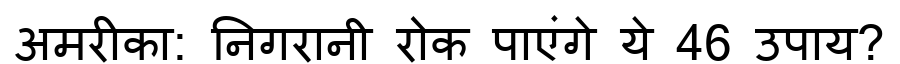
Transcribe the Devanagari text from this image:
अमरीका: निगरानी रोक पाएंगे ये 46 उपाय?